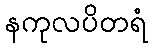
နကုလပိတရံ